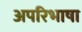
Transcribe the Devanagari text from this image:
अपरिभाषा